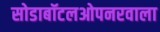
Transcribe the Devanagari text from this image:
सोडाबॉटलओपनरवाला